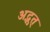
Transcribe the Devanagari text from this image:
अद्भुत्‌